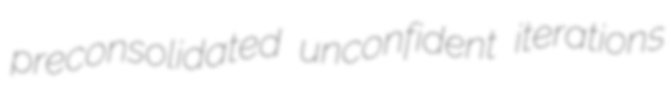
preconsolidated unconfident iterations